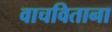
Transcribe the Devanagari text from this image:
वाचविताना